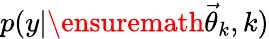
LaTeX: p(y|\ensuremath{\vec{\theta}}_{k},k)